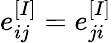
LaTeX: e_{ij}^{[I]}=e_{ji}^{[I]}